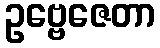
ဥဗ္ဗေဇေတာ